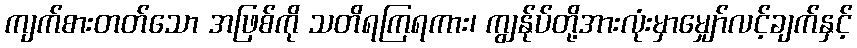
ကျက်စားတတ်သော အဖြစ်ကို သတိရကြရကား၊ ကျွန်ုပ်တို့အားလုံးမှာမျှော်လင့်ချက်နှင့်